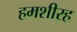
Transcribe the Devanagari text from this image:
हमशीरह